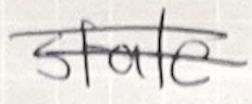
Text: state
Cross-out: double-line
Writing tool: ballpoint